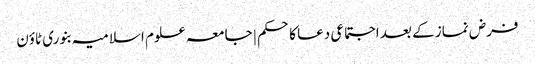
فرض نماز کے بعد اجتماعی دعا کاحکم | جامعہ علوم اسلامیہ بنوری ٹاؤن